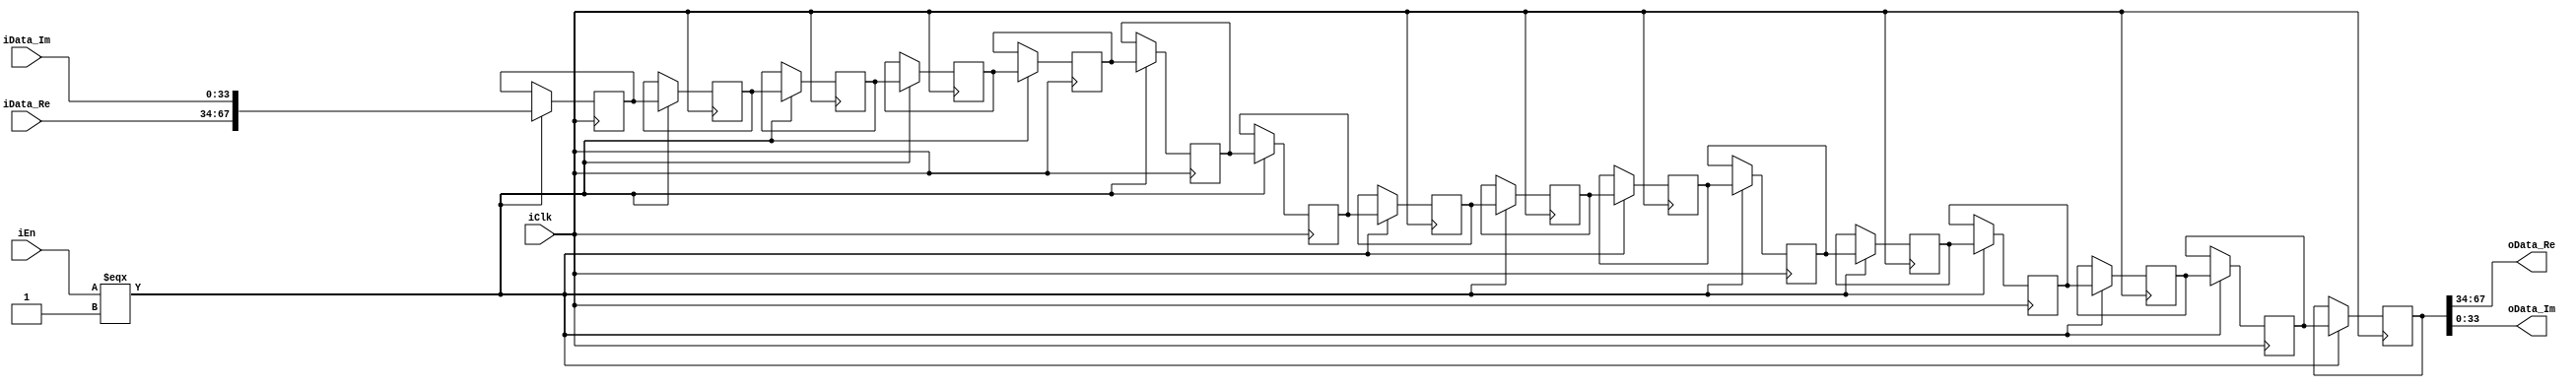
// --------------------------------------------------------------------------------
//  Company: MSI
//  Design Name: 
//  Module Name:    buffer_16_FIFO - Behavioral 
//  Project Name: FFT_R2SDF
//  Description: 
// --------------------------------------------------------------------------------
`define false 1'b 0
`define FALSE 1'b 0
`define true 1'b 1
`define TRUE 1'b 1

`timescale 1 ns / 1 ns // timescale for following modules


module buffer_16 (
   iClk,
   iEn,
   iData_Re,
   iData_Im,
   oData_Re,
   oData_Im);
 

input   iClk; 
input   iEn; 
input   [33:0] iData_Re; 
input   [33:0] iData_Im; 
output   [33:0] oData_Re; 
output   [33:0] oData_Im; 

wire    [33:0] oData_Re; 
wire    [33:0] oData_Im; 
reg     [67:0] memory [15:0]; 

assign oData_Re = memory[15][67:34]; 
assign oData_Im = memory[15][33:0]; 

always @(posedge iClk)
   begin : process_1
   if (iClk === 1'b 1)
      begin
      if (iEn === 1'b 1)
         begin    
         memory[15] <= memory[14];   
         memory[14] <= memory[13];   
         memory[13] <= memory[12];   
         memory[12] <= memory[11];   
         memory[11] <= memory[10];   
         memory[10] <= memory[9];   
         memory[9] <= memory[8];   
         memory[8] <= memory[7];   
         memory[7] <= memory[6];   
         memory[6] <= memory[5];   
         memory[5] <= memory[4];   
         memory[4] <= memory[3];   
         memory[3] <= memory[2];   
         memory[2] <= memory[1];   
         memory[1] <= memory[0];   
         memory[0] <= {iData_Re, iData_Im}; 
         end
      else
         ;
      end
   end


endmodule // module buffer_16